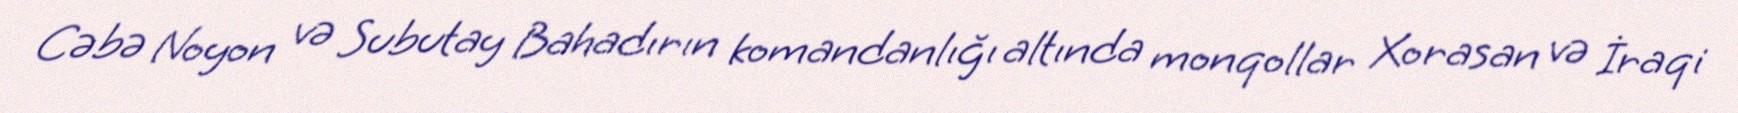
Cəbə Noyon və Subutay Bahadırın komandanlığı altında monqollar Xorasan və İraqi